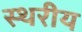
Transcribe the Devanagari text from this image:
स्थरीय